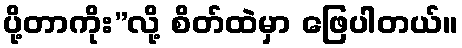
ပို့တာကိုး”လို့ စိတ်ထဲမှာ ဖြေပါတယ်။